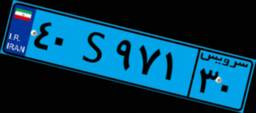
۹۰S۷۷۸۹۷